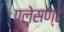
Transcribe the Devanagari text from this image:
प्लेसण्ट